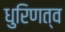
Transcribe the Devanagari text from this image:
धुरिणत्व